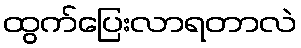
ထွက်ပြေးလာရတာလဲ